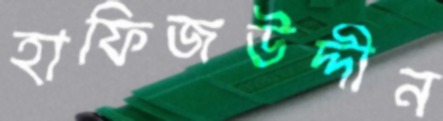
হাফিজউদ্দীন